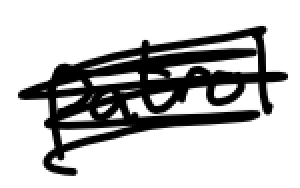
Text: patrol
Cross-out: scratch
Writing tool: digital_black